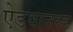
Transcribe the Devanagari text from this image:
ऐडवानस्ड